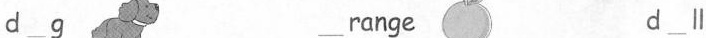
d___g ___range d___ll